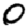
Digit: 0